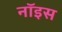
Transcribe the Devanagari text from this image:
नॉइस